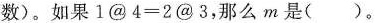
数)。如果$$1@4=2@3$$，那么m是()。